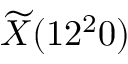
\widetilde { X } ( 1 2 ^ { 2 } 0 )